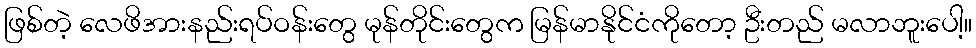
ဖြစ်တဲ့ လေဖိအားနည်းရပ်ဝန်းတွေ မုန်တိုင်းတွေက မြန်မာနိုင်ငံကိုတော့ ဦးတည် မလာဘူးပေါ့။